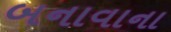
બનાવાના